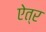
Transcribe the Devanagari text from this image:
ऐत्र